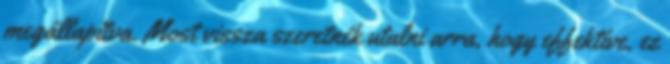
megállapítva. Most vissza szeretnék utalni arra, hogy effektíve, ez